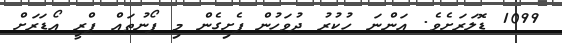
1099 ޑޮލަރަށެވެ. އަންނަ ހުކުރު ދުވަހުން ފެށިގެން މި ފޯނުތައް ޕްރީ އޯޑަރަށް